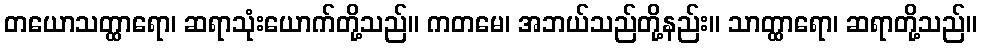
တယောသတ္ထာရော၊ ဆရာသုံးယောက်တို့သည်။ ကတမေ၊ အဘယ်သည်တို့နည်း။ သာတ္ထာရော၊ ဆရာတို့သည်။